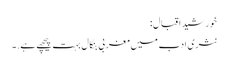
خورشید اقبال:
نثری ادب میں مغربی بنگال بہت پیچھے ہے. ۔